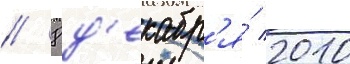
// 8 д'екабр'я́ 2010